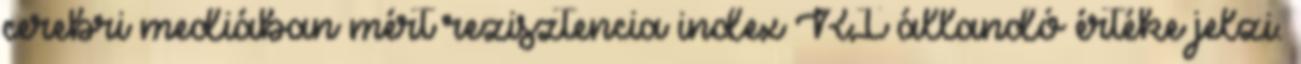
cerebri mediában mért rezisztencia index RI állandó értéke jelzi.